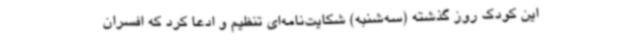
این کودک روز گذشته (سه‌شنبه) شکایت‌نامه‌ای تنظیم و ادعا کرد که افسران